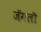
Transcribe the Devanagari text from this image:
जॅगलॊ